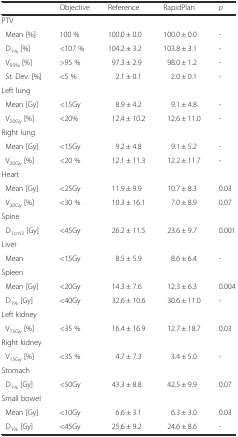
<table><thead><tr><td>[EMPTY_CELL]</td><td><b>Objective</b></td><td><b>Reference</b></td><td><b>RapidPlan</b></td><td><b><i>p</i></b></td></tr></thead><tbody><tr><td colspan="5">PTV</td></tr><tr><td> Mean [%]</td><td>100 %</td><td>100.0 ± 0.0</td><td>100.0 ± 0.0</td><td>-</td></tr><tr><td> D<sub>1%</sub> [%]</td><td>&lt;107 %</td><td>104.2 ± 3.2</td><td>103.8 ± 3.1</td><td>-</td></tr><tr><td> V<sub>95%</sub> [%]</td><td>&gt;95 %</td><td>97.3 ± 2.9</td><td>98.0 ± 1.2</td><td>-</td></tr><tr><td> St. Dev. [%]</td><td>&lt;5 %</td><td>2.1 ± 0.1</td><td>2.0 ± 0.1</td><td>-</td></tr><tr><td colspan="5">Left lung</td></tr><tr><td> Mean [Gy]</td><td>&lt;15Gy</td><td>8.9 ± 4.2</td><td>9.1 ± 4.8</td><td>-</td></tr><tr><td> V<sub>20Gy</sub> [%]</td><td>&lt;20%</td><td>12.4 ± 10.2</td><td>12.6 ± 11.0</td><td>-</td></tr><tr><td colspan="5">Right lung</td></tr><tr><td> Mean [Gy]</td><td>&lt;15Gy</td><td>9.2 ± 4.8</td><td>9.1 ± 5.2</td><td>-</td></tr><tr><td> V<sub>20Gy</sub> [%]</td><td>&lt;20 %</td><td>12.1 ± 11.3</td><td>12.2 ± 11.7</td><td>-</td></tr><tr><td colspan="5">Heart</td></tr><tr><td> Mean [Gy]</td><td>&lt;25Gy</td><td>11.9 ± 9.9</td><td>10.7 ± 8.3</td><td>0.03</td></tr><tr><td> V<sub>30Gy</sub> [%]</td><td>&lt;30 %</td><td>10.3 ± 16.1</td><td>7.0 ± 8.9</td><td>0.07</td></tr><tr><td colspan="5">Spine</td></tr><tr><td> D<sub>1cm3</sub> [Gy]</td><td>&lt;45Gy</td><td>26.2 ± 11.5</td><td>23.6 ± 9.7</td><td>0.001</td></tr><tr><td colspan="5">Liver</td></tr><tr><td> Mean</td><td>&lt;15Gy</td><td>8.5 ± 5.9</td><td>8.6 ± 6.4</td><td>-</td></tr><tr><td colspan="5">Spleen</td></tr><tr><td> Mean [Gy]</td><td>&lt;20Gy</td><td>14.3 ± 7.6</td><td>12.3 ± 6.3</td><td>0.004</td></tr><tr><td> D<sub>1%</sub> [Gy]</td><td>&lt;40Gy</td><td>32.6 ± 10.6</td><td>30.6 ± 11.0</td><td>-</td></tr><tr><td colspan="5">Left kidney</td></tr><tr><td> V<sub>15Gy</sub> [%]</td><td>&lt;35 %</td><td>16.4 ± 16.9</td><td>12.7 ± 18.7</td><td>0.03</td></tr><tr><td colspan="5">Right kidney</td></tr><tr><td> V<sub>15Gy</sub> [%]</td><td>&lt;35 %</td><td>4.7 ± 7.3</td><td>3.4 ± 5.0</td><td>-</td></tr><tr><td colspan="5">Stomach</td></tr><tr><td> D<sub>1%</sub> [Gy]</td><td>&lt;50Gy</td><td>43.3 ± 8.8</td><td>42.5 ± 9.9</td><td>0.07</td></tr><tr><td colspan="5">Small bowel</td></tr><tr><td> Mean [Gy]</td><td>&lt;10Gy</td><td>6.6 ± 3.1</td><td>6.3 ± 3.0</td><td>0.03</td></tr><tr><td> D<sub>1%</sub> [Gy]</td><td>&lt;45Gy</td><td>25.6 ± 9.2</td><td>24.6 ± 8.6</td><td>-</td></tr></tbody></table>